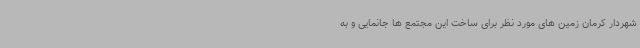
شهردار کرمان زمین های مورد نظر برای ساخت این مجتمع ها جانمایی و به